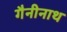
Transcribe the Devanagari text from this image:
गैनीनाथ